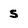
Character: 5